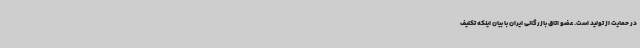
در حمایت از تولید است. عضو اتاق بازرگانی ایران با بیان اینکه تکلیف